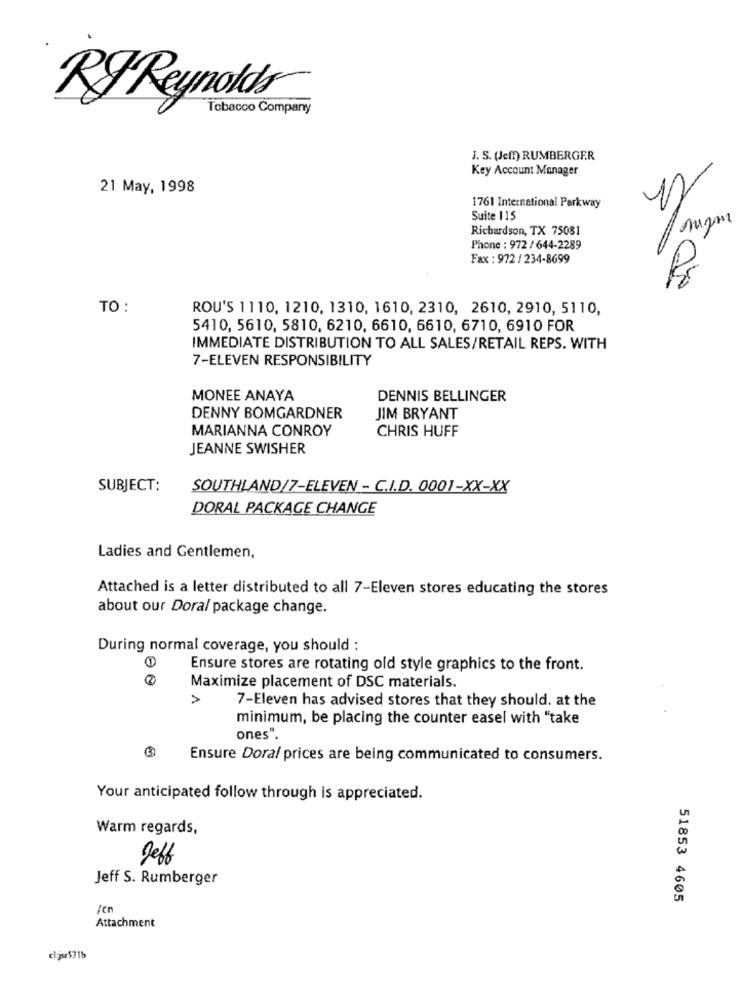
Tobacco Company
RJ Reynolds
J. S. (Jeff) RUMBERGER
Key Account Manager
21 May, 1998
1761 International Parkway
Suite 115
Richardson, TX 75081
Phone : 972 / 644-2289
Fax : 972 / 234-8699
Ps
TO :
ROU'S 1110, 1210, 1310, 1610, 2310, 2610, 2910, 5110,
5410, 5610, 5810, 6210, 6610, 6610, 6710, 6910 FOR
IMMEDIATE DISTRIBUTION TO ALL SALES/RETAIL REPS. WITH
7-ELEVEN RESPONSIBILITY
MONEE ANAYA
DENNIS BELLINGER
DENNY BOMGARDNER
JIM BRYANT
MARIANNA CONROY
CHRIS HUFF
JEANNE SWISHER
SUBJECT:
SOUTHLAND/7-ELEVEN - C.I.D. 0001-XX-XX
DORAL PACKAGE CHANGE
Ladies and Gentlemen,
Attached is a letter distributed to all 7-Eleven stores educating the stores
about our Doral package change.
During normal coverage, you should :
Ensure stores are rotating old style graphics to the front.
Maximize placement of DSC materials.
>
7-Eleven has advised stores that they should. at the
minimum, be placing the counter easel with "take
ones .
Ensure Doral prices are being communicated to consumers.
Your anticipated follow through is appreciated.
Warm regards,
Jeff
Jeff S. Rumberger
51853 4605
jen
Attachment
cljsr5215